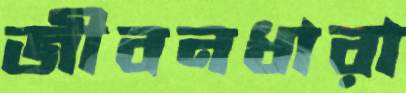
জীবনধারা